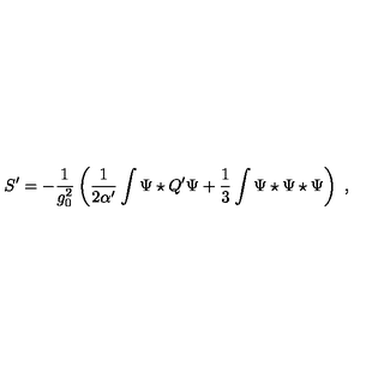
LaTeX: S ^ { \prime } = - \frac { 1 } { g _ { 0 } ^ { 2 } } \left( \frac { 1 } { 2 \alpha ^ { \prime } } \int \Psi \star Q ^ { \prime } \Psi + \frac { 1 } { 3 } \int \Psi \star \Psi \star \Psi \right) \ ,